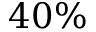
4 0 \%